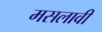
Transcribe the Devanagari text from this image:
मसलावी